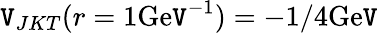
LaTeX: \mathtt{V}_{JKT}(r=1\mathrm{{Ge\mathtt{V}}}^{-1})=-1/4\mathrm{{Ge\mathtt{V}}}